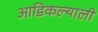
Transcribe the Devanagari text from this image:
आडिकल्याली